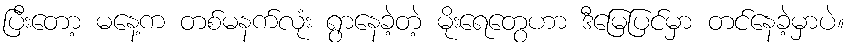
ပြီးတော့ မနေ့က တစ်မနက်လုံး ရွာနေခဲ့တဲ့ မိုးရေတွေဟာ ဒီမြေပြင်မှာ တင်နေခဲ့မှာပဲ။